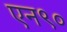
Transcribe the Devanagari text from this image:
एन९०